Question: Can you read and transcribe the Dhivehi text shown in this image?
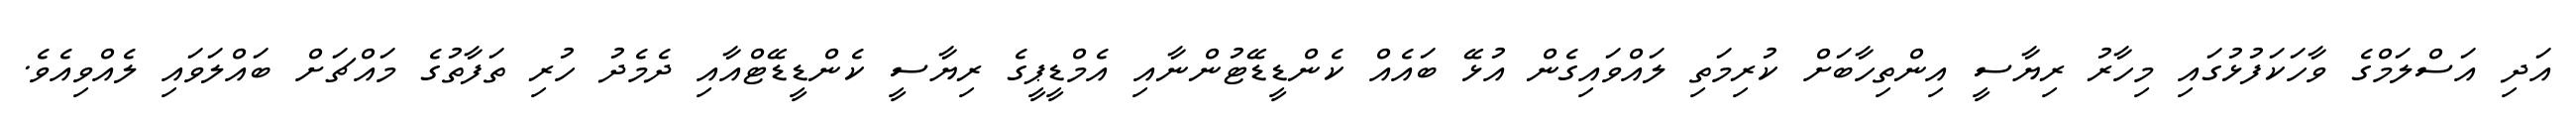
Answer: އަދި އަސްލަމްގެ ވާހަކަފުޅުގައި މިހާރު ރިޔާސީ އިންތިހާބަށް ކުރިމަތި ލައްވައިގެން އުޅޭ ބައެއް ކެންޑީޑޭޓުންނާއި އެމްޑީޕީގެ ރިޔާސީ ކެންޑީޑޭޓްއާއި ދެމެދު ހުރި ތަފާތުގެ މައްޗަށް ބައްލަވައި ލެއްވިއެވެ.